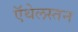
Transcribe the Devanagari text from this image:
ऍथेलस्तन